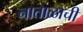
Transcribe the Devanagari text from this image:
नाताळाची